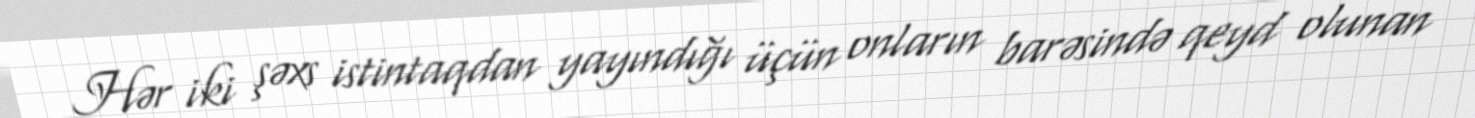
Hər iki şəxs istintaqdan yayındığı üçün onların barəsində qeyd olunan